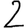
Digit: 2